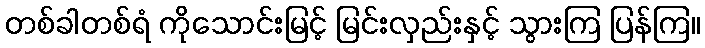
တစ်ခါတစ်ရံ ကိုသောင်းမြင့် မြင်းလှည်းနှင့် သွားကြ ပြန်ကြ။